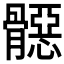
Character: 𱅳